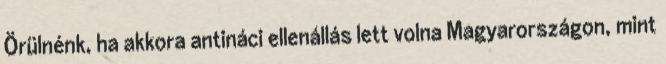
Örülnénk, ha akkora antináci ellenállás lett volna Magyarországon, mint